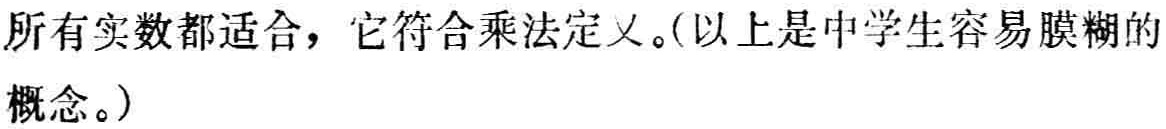
所有实数都适合，它符合乘法定义。(以上是中学生容易膜糊的概念。)